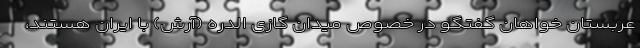
عربستان خواهان گفتگو در خصوص میدان گازی الدره (آرش) با ایران هستند،